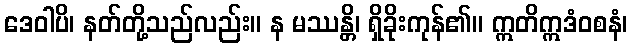
ဒေဝါပိ၊ နတ်တို့သည်လည်း။ န မဿန္တိ၊ ရှိခိုးကုန်၏။ ဣတိဣဒံဝစနံ၊